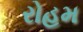
રોહમ